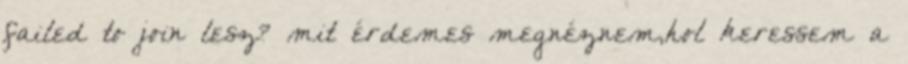
failed to join lesz? mit érdemes megnéznem,hol keressem a